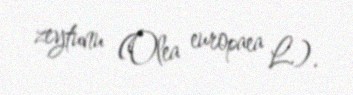
zeytunu (Olea europaea L.).